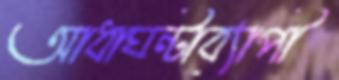
আধাঘন্টাব্যাপী